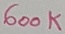
Text: 600K